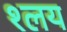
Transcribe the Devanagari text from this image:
श्लय